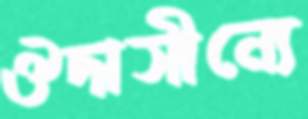
ঔদাসীন্যে